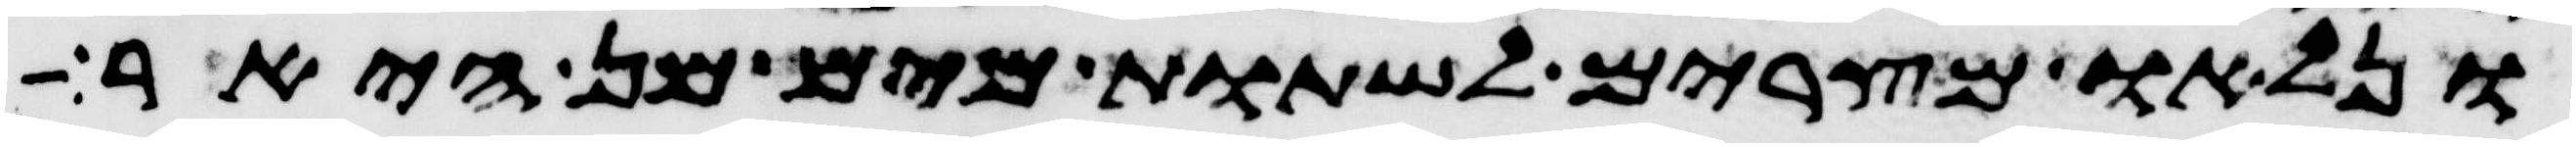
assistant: ונלאו מצרים לשתות מים מן היאר